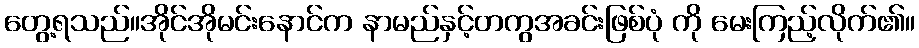
တွေ့ရသည်။အိုင်အိုမင်းနောင်က နာမည်နှင့်တကွအခင်းဖြစ်ပုံ ကို မေးကြည့်လိုက်၏။